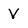
Character: V